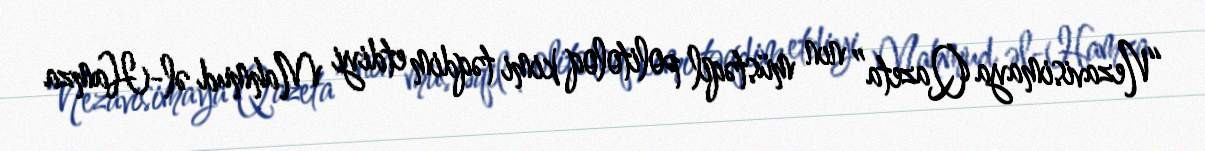
“Nezavisimaya Qazeta” nın müstəqil politoloq kimi təqdim etdiyi Mahmud əl-Hamza